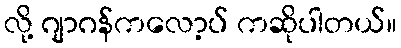
လို့ ဂျာဂန်ကလော့ပ် ကဆိုပါတယ်။